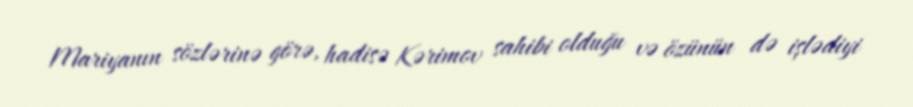
Mariyanın sözlərinə görə, hadisə Kərimov sahibi olduğu və özünün də işlədiyi